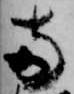
両